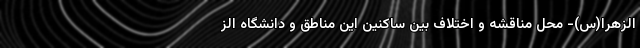
الزهرا(س)- محل مناقشه و اختلاف بین ساکنین این مناطق و دانشگاه الز